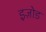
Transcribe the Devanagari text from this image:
इज़ोड